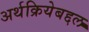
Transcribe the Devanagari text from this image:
अर्थक्रियेबद्दल